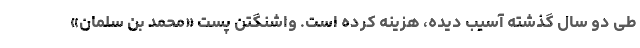
طی دو سال گذشته آسیب دیده، هزینه کرده است. واشنگتن پست «محمد بن سلمان»